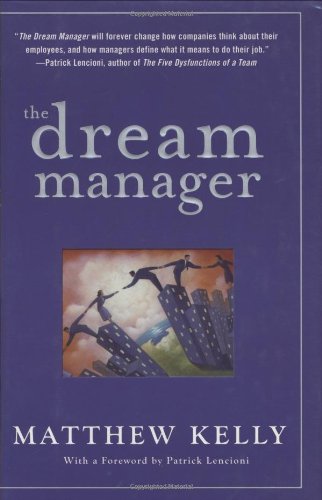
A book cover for The Dream Manager; Matthew Kelly; Business & Money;